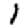
Digit: 1